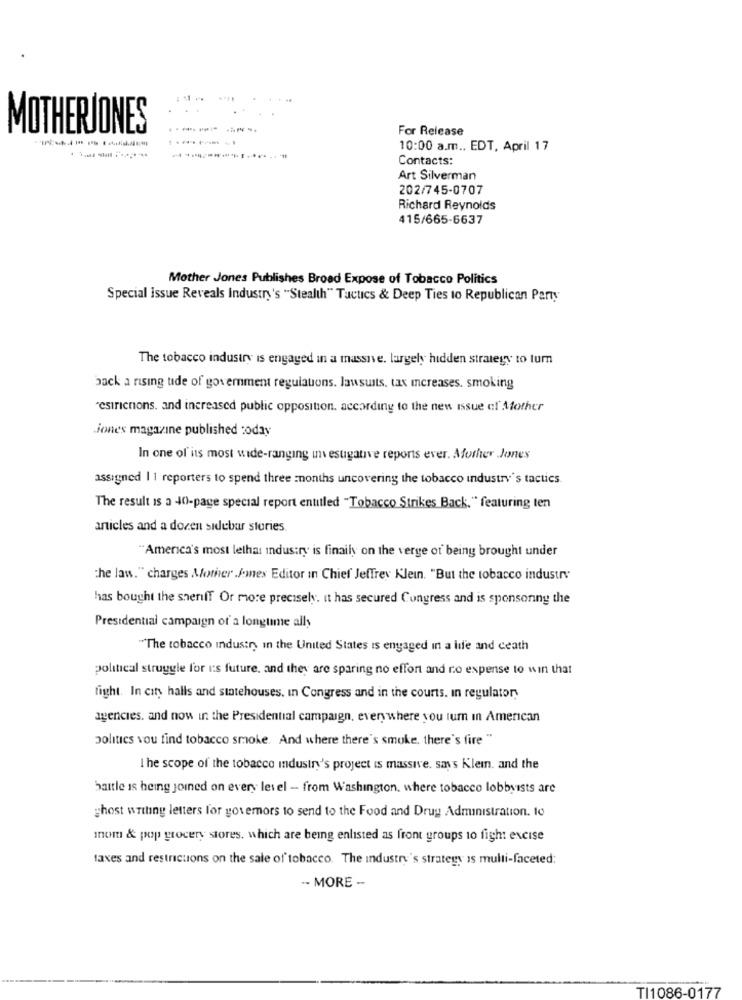
...
MOTHERJONES
For Release
10:00 a.m ., EDT, April 17
-------
Contacts:
Art Silverman
202/745-0707
Richard Reynolds
415/665-6637
Mother Jones Publishes Broad Expose of Tobacco Politics
Special Issue Reveals Industry's "Stealth" Tactics & Deep Ties to Republican Party
The tobacco industry is engaged in a massive. largely hidden strategy to turn
back a rising tide of goverment regulauons. lawsuits. tax increases. smoking
"esiricnons. and increased public opposition. according to the new issue of Mother
jones magazine published :oday
In one of its most wide-ranging investigative reports ever. Mother Jones
assigned 11 reporters to spend three months uncovering the tobacco industry's tactics
The result is a 40-page special report entitled "Tobacco Strikes Back." featuring ten
articles and a dozen sidebar stories
"America's most lethal industry is finally on the verge of being brought under
the law." charges Mother ./mes Editor in Chief Jeffrey Klein. "But the tobacco industry"
has bought the sheriff Or more precisely. it has secured Congress and is sponsoring the
Presidential campaign of a longtime ally
"The tobacco industry in the United States is engaged in a life and ceath
political struggle for us future, and they are sparing no effort and ro expense to win that
fight. In city halls and statehouses, In Congress and in the courts. In regulatory
agencies. and now in the Presidential campaign, everywhere you lum In American
politics vou find tobacco smoke. And where there's smoke, there's fire "
I he scope of the tobacco industry's project is massive. says Klem. and the
battle is being joined on every level - from Washington, where tobacco lobbyists are
ghost writing letters for governors to send to the Food and Drug Administration. to
mom & pop grocery stores, which are being enlisted as front groups to fight excise
taxes and restrictions on the sale of tobacco. The industry's strategy is multi-faceted:
.- MORE --
TI1086-0177